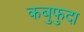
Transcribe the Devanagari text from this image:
कबुफुदा